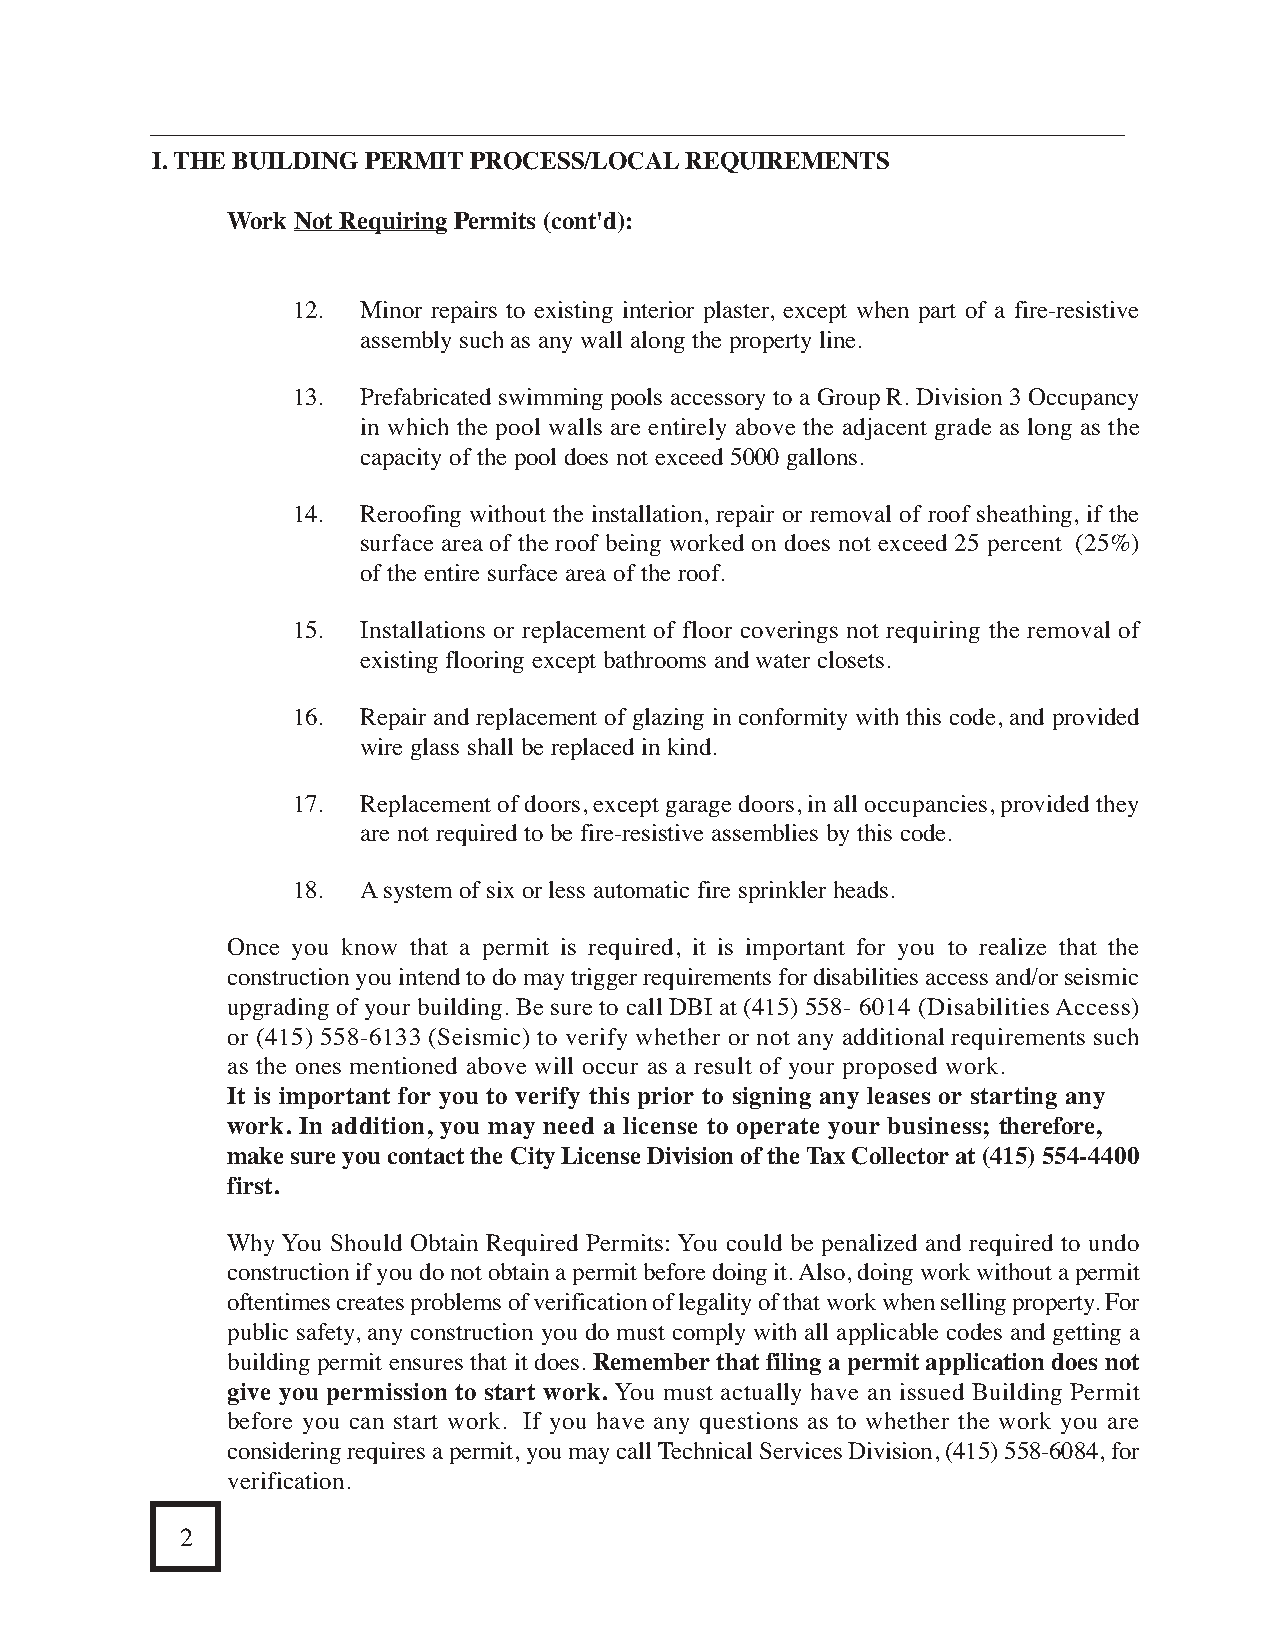
I. THE BUILDING PERMITPROCESS/LOCALREQUIREMENTS
 Work Not Requiring Permits (cont'd):
 12.  Minor repairs to existing interior plaster, except when part of a fire-resistive
 assembly such as any wall along the property line.
 13.  Prefabricated swimming pools accessory to a Group R. Division 3 Occupancy
 in which the pool walls are entirely above the adjacent grade as long as the
 capacity of the pool does not exceed 5000 gallons.
 14.  Reroofing without the installation, repair or removal of roof sheathing, if the
 surface area of the roof being worked on does not exceed 25 percent (25%)
 of the entire surface area of the roof.
 15.  Installations or replacement of floor coverings not requiring the removal of
 existing flooring except bathrooms and water closets.
 16.  Repair and replacement of glazing in conformity with this code, and provided
 wire glass shall be replaced in kind.
 17.  Replacement of doors, except garage doors, in all occupancies, provided they
 are not required to be fire-resistive assemblies by this code.
 18.  Asystem of six or less automatic fire sprinkler heads.
 Once you know that a permit is required, it is important for you to realize that the
 construction you intend to do may trigger requirements for disabilities access and/or seismic
 upgrading of your building. Be sure to call DBI at (415) 558- 6014 (Disabilities Access)
 or (415) 558-6133 (Seismic) to verify whether or not any additional requirements such
 as the ones mentioned above will occur as a result of your proposed work.
 It is important for you to verify this prior to signing any leases or starting any
 work. In addition, you may need a license to operate your business; therefore,
 make sure you contact the City License Division of the Tax Collectorat (415) 554-4400
 first.
 Why You Should Obtain Required Permits: You could be penalized and required to undo
 construction if you do not obtain a permit before doing it. Also, doing work without a permit
 oftentimes creates problems of verification of legality of that work when selling property. For
 public safety, any construction you do must comply with all applicable codes and getting a
 building permit ensures that it does. Rememberthat filing a permit application does not
 give you permission to start work. You must actually have an issued Building Permit
 before you can start work. If you have any questions as to whether the work you are
 considering requires a permit, you may call Technical Services Division, (415) 558-6084, for
 verification.
 2